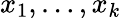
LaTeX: x_{1},\dots,x_{k}